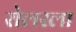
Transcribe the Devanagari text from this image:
रोलरला